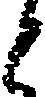
と